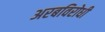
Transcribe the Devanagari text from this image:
अरबविरोधी